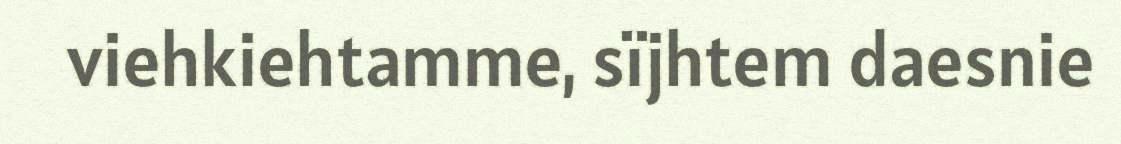
viehkiehtamme, sïjhtem daesnie